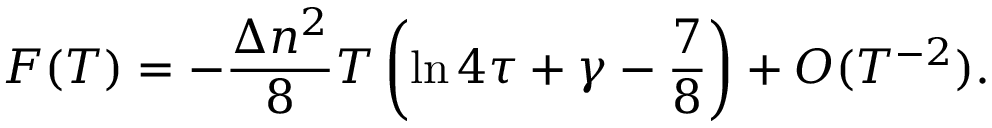
F ( T ) = - \frac { \Delta n ^ { 2 } } { 8 } T \left( \ln 4 \tau + \gamma - \frac { 7 } { 8 } \right) + { \cal O } ( T ^ { - 2 } ) .